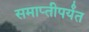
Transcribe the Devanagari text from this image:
समाप्‍तीपर्यंत